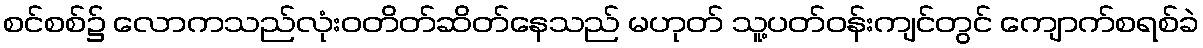
စင်စစ်၌ လောကသည်လုံးဝတိတ်ဆိတ်နေသည် မဟုတ် သူ့ပတ်ဝန်းကျင်တွင် ကျောက်စရစ်ခဲ